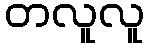
တလူလူ